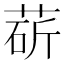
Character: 𦳵